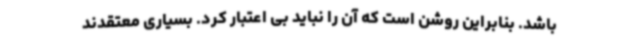
باشد. بنابراین روشن است که آن را نباید بی اعتبار کرد. بسیاری معتقدند